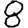
Digit: 8